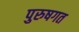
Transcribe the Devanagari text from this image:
पुरुषगत